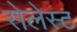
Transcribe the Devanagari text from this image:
सेलेस्ट